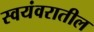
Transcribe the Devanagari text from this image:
स्वयंवरातील